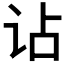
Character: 𧮪